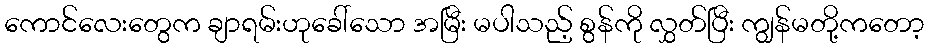
ကောင်လေးတွေက ချာရမ်းဟုခေါ်သော အမြီး မပါသည့် စွန်ကို လွှတ်ပြီး ကျွန်မတို့ကတော့